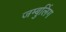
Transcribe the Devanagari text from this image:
जम्बुलिंग